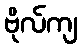
ဗိုလ်ကျ